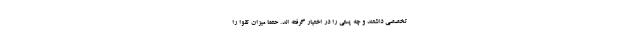
تخصصی داشتند و چه پستی را در اختیار گرفته اند. حتماً میزان تقوا را